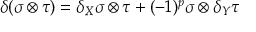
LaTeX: \delta ( \sigma \otimes \tau ) = \delta _ { X } \sigma \otimes \tau + ( - 1 ) ^ { p } \sigma \otimes \delta _ { Y } \tau